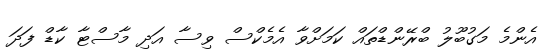
އެންމެ މަގުބޫލު ބްރޭންޑްތައް ކަމަށްވާ އެމެކްސް ވިސާ އަދި މާސްޓާ ކާޑް ފަދަ